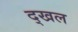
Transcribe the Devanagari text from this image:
द्खल